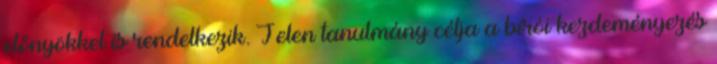
előnyökkel is rendelkezik. Jelen tanulmány célja a bírói kezdeményezés